Janeda_(Ambla)_vallavalitsus, lk 23
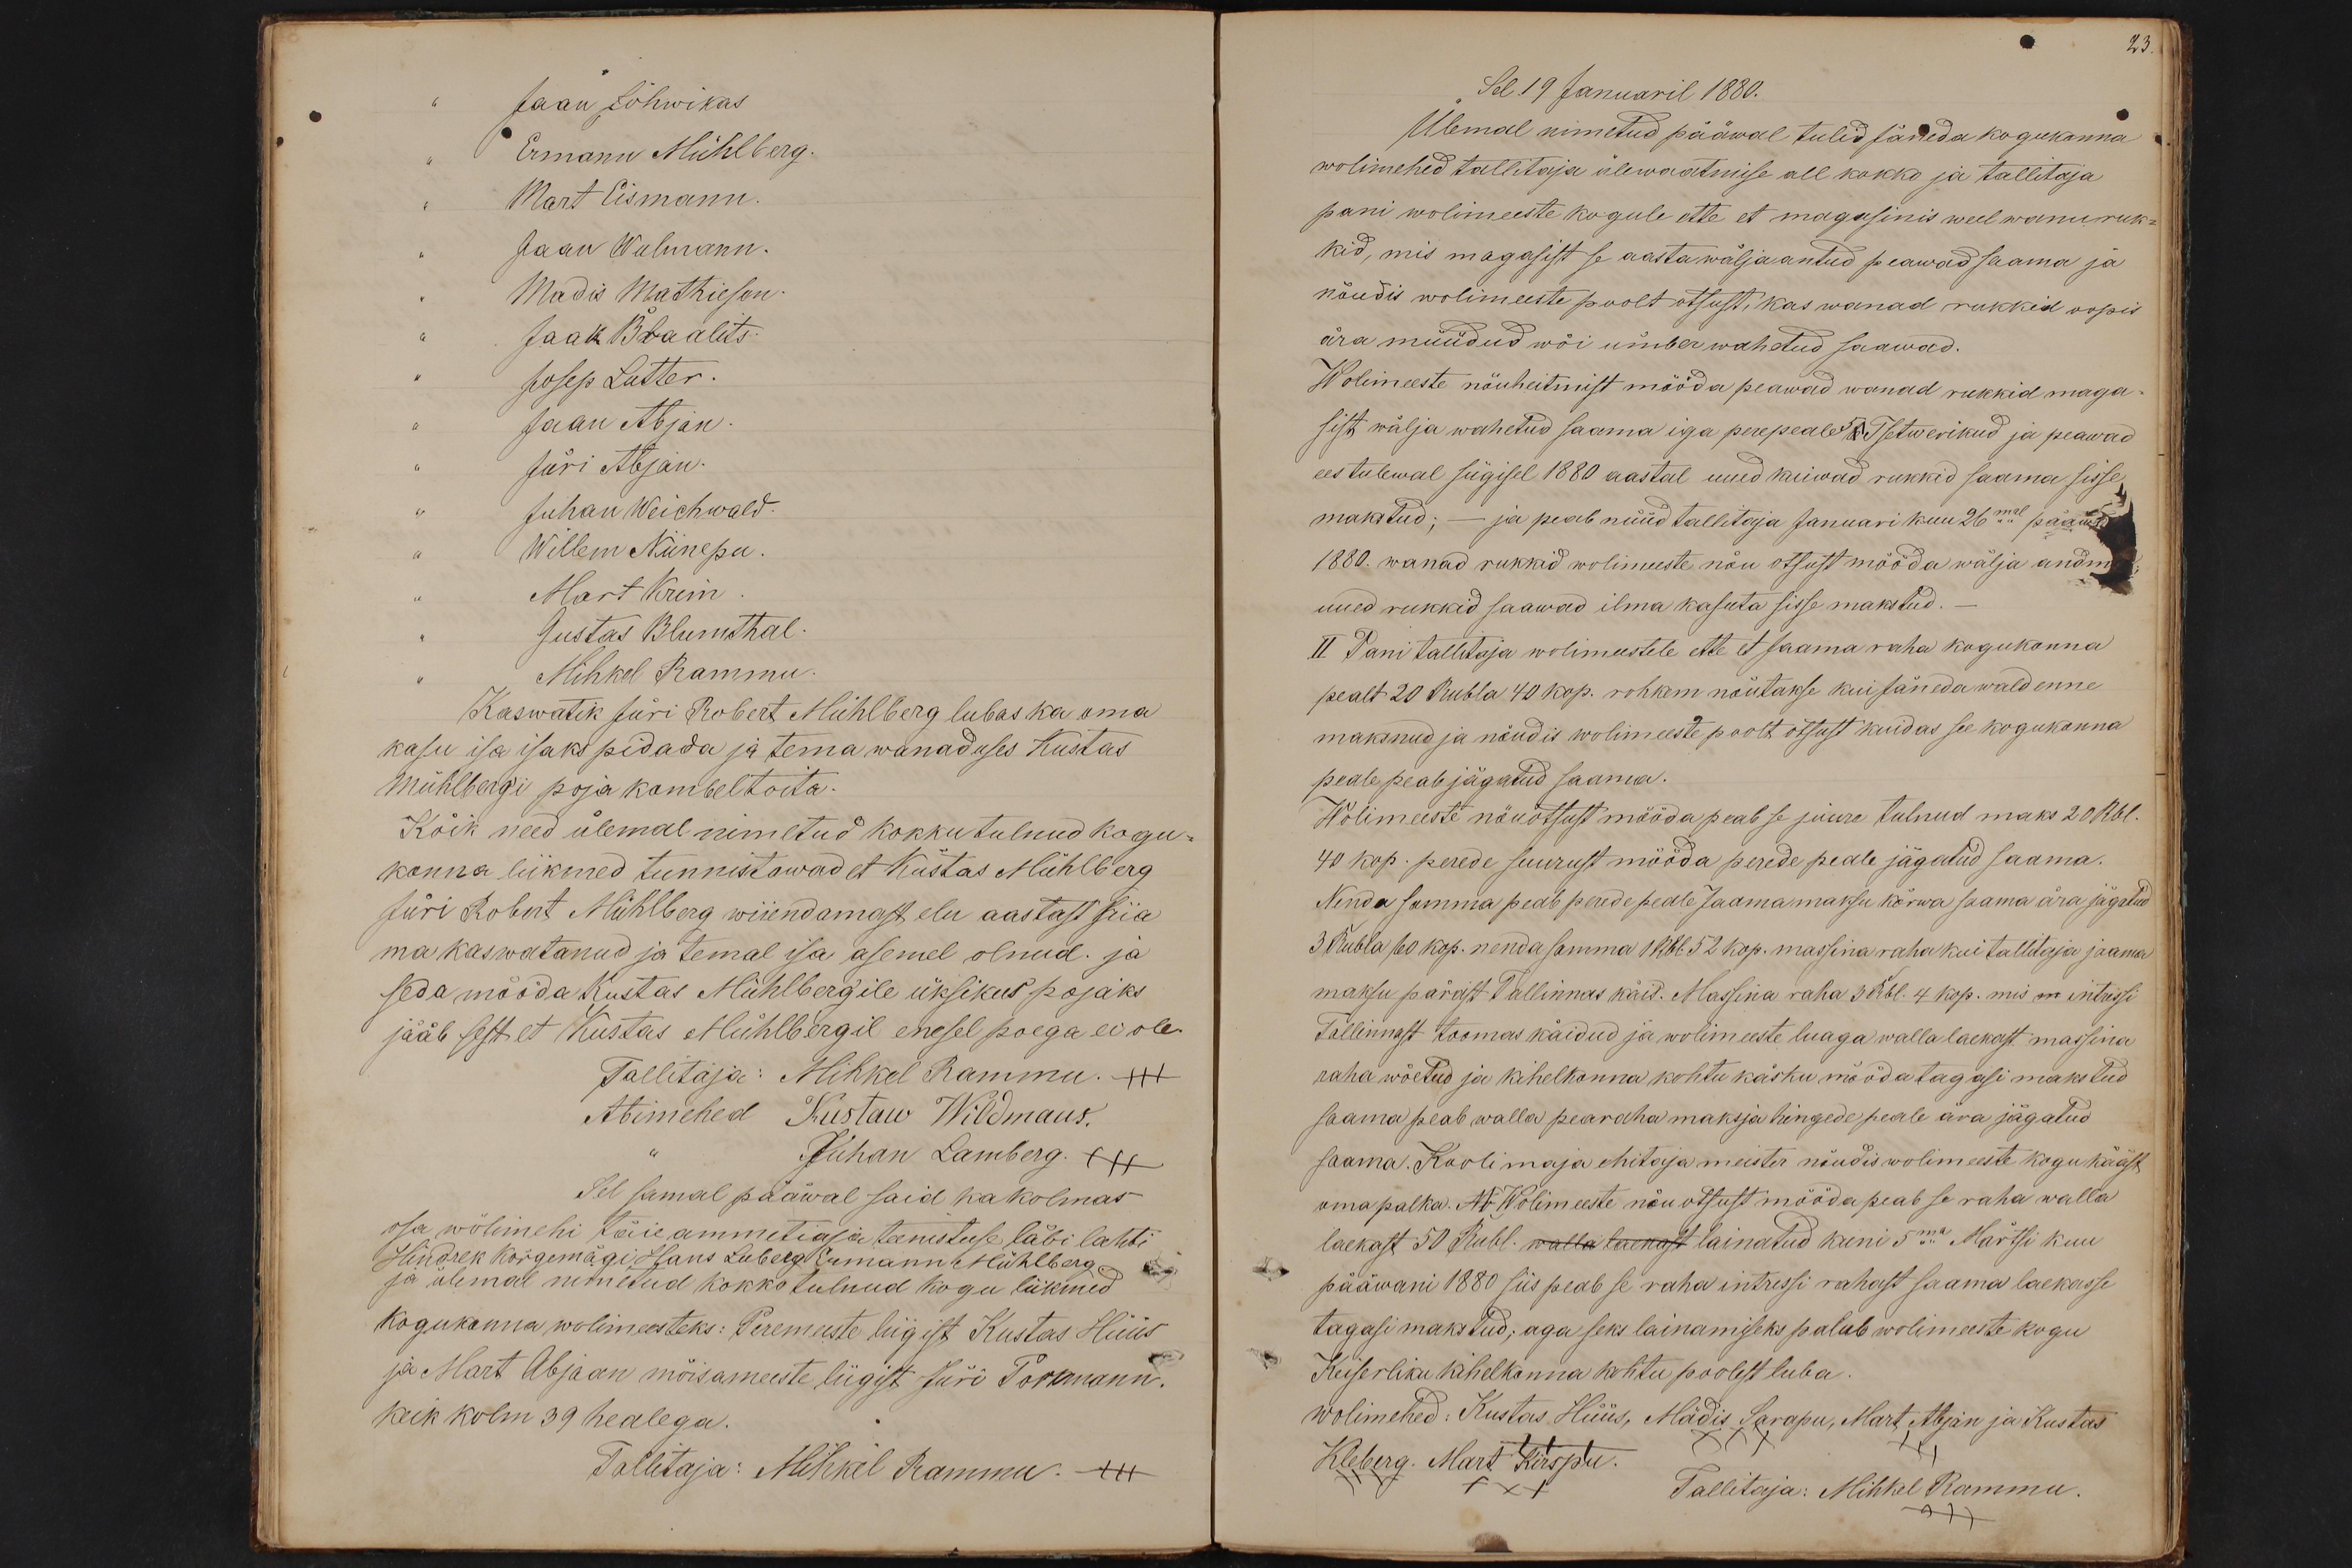
Jaan Jõhwikas
Ermann Mühlberg.
Mart Eismann.
Jaan Walmann.
Madis Mathiesen
Jaak Braalits.
Josep Lutter.
Jaan Abjan
Jüri Abjan.
Juhan Weichwald.
Willem Niinepu
Mart Krim
Gustas Blumthal.
Mihkel Rammu
Kaswatik Jüri Robert Mühlberg lubas ka oma
kasu isa isaks pidada ja tema wanaduses Kustas
Mühlberg'i poja kombel toita.
Kõik need ülemal nimetud kokkutulnud kogu-
konna liikmed tunnistawad et Kustas Mühlberg
Jüri Robert Mühlberg wiiendamast elu aastast siia
ma kaswatanud ja temal isa asemel olnud. ja
seda mööda Kustas Mühlberg'ile üksikus pojaks
jääb sest et Kustas Mühlbergil enesel poega ei ole.
Tallitaja: Mihkel Rammu. +++
Abimehed Kustaw Wildmaus.
Juhan Lamberg. +++
Sel samal pääwal said ka kolmas
osa wölimehi täie ammetiaja teenistuse läbi lahti
Hindrek Kõrgemägi, Hans Luberg Ermann Mühlberg.
ja ülemal nimetud kokko tulnud kogu liikmed
kogukonna wolimeesteks: Peremeeste liigist Kustas Hüüs
ja Mart Abjaan mõisameeste liigist Jüri Pormann.
keik kolm 39 healega.
Tallitaja: Mihkel Rammu. +++

23.
Sel. 19 Januaril 1880.
Ülemal nimetud pääwal tulid Jäneda kogukonna
wolimehed tallitaja ülewaatmise all kokko ja tallitaja
pani wolimeeste kogule ette et magasinis weel wanuruk-
kid, mis magasist se aasta wälja antud peawad saama ja
nõudis wolimeeste poolt otsust, kas wanad rukkid oopis
ära müüdud wõi ümber wahetud saawad.
Wolimeeste nõuheitmist mööda peawad wanad rukkid maga
sist wälja wahetud saama iga perepeale 5 6 Tsetwerikud ja peawad
ees tulewal sügisel 1880 aastal uued kuiwad rukkid saama sisse
makstud; - ja peab nüüd tallitaja Januari kuu 26mal pääwal
1880. wanad rukkid wolimeeste nõu otsust mööda wälja andma
uued rukkid saawad ilma kasuta sisse makstud.
II. Pani tallitaja wolimeestele ette et Jaama raha kogukonna
pealt 20 Rubla 40 kop. rohkem nõutakse kui Jäneda wald enne
maksnud ja nõudis wolimeeste poolt otsust kuidas see kogukonna
peale peab jägatud saama.
Wolimeeste nõuotsust mööda peab se juure tulnud maks 20 Rbl.
40 kop. perede suurust mööda perede peale jägatud saama.
Nenda summa peab perede peale Jaama maksu kõrwa saama ära jägatud
3 Rubla 60 kop. nenda samma 1 Rbl. 52 kop. massina raha kui tallitaja jaama
maksu pärast Tallinnas käis. Massina raha 3 Rbl. 4 kop. mis on intressi
Tallinnast toomas käidud ja wolimeeste luaga walla laekast massina
raha wõetud ja kihelkonna kohtu käsku mööda tagasi makstud
saama peab walla pearaha maksja hingede peale ära jägatud
saama. Koolimaja ehitaja meister nõudis wolimeeste kogu kääst
oma palka. Ar Wolimeeste nõuotsust mööda peab se raha walla
laekast 50 Rubl. walla laekast lainatud kuni 5mal Märtsi kuu
pääwani 1880 siis peab se raha intressi rahast saama laekasse
tagasi makstud, aga seks lainamiseks palub wolimeeste kogu
Keiserliku kihelkonna kohtu poolest luba
wolimehed: Kustas Hüüs, Mädis Sarapu, Mart Abjan ja Kustas
+++ XXX +++
Kleberg. Mart Kirspu
+++ XXX
Tallitaja: Mihkel Rammu.